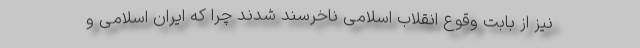
نیز از بابت وقوع انقلاب اسلامی ناخرسند شدند چرا که ایران اسلامی و